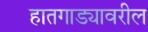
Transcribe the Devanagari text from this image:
हातगाड्यावरील